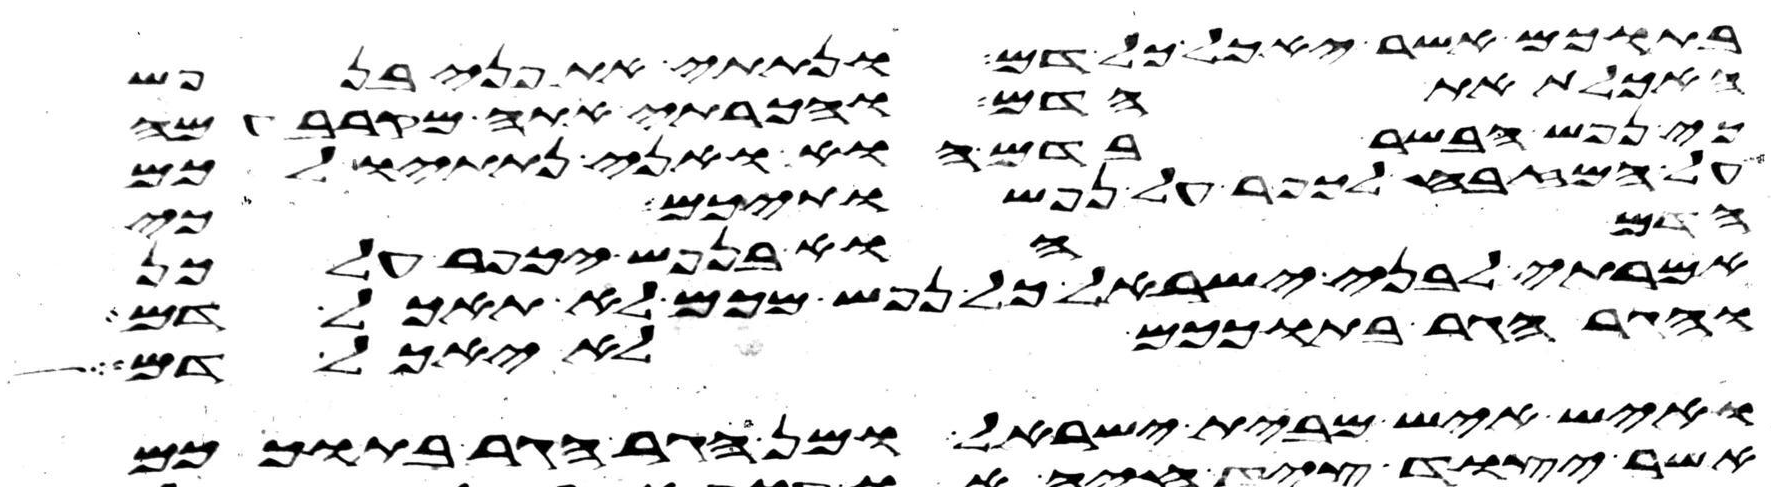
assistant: בתוכם אשר יאכל כל דם ונתתי את פני בנפש
האכלת את הדם והכרתי אתה מקרב עמה
כי נפש הבשר בדם הוא ואני נתתיו לכם
על המזבח לכפר על נפשתיכם כי
הדם הוא בנפש יכפר על כן
אמרתי לבני ישראל כל נפש מכם לא תאכל דם
והגר הגר בתוככם לא יאכל דם
ואיש איש מבית ישראל ומן הגר הגר בתוככם